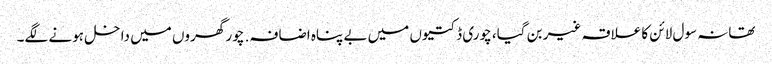
تھانہ سول لائن کا علاقہ غیر بن گیا، چوری ڈکتیوں میں بے پناہ اضافہ. چور گھروں میں داخل ہونے لگے۔